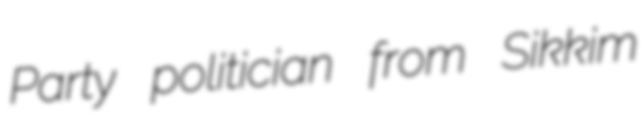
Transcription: Party politician from Sikkim